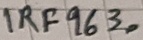
Text: IRF9630